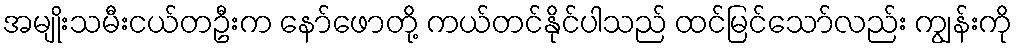
အမျိုးသမီးငယ်တဦးက နော်ဖောတို့ ကယ်တင်နိုင်ပါသည် ထင်မြင်သော်လည်း ကျွန်းကို